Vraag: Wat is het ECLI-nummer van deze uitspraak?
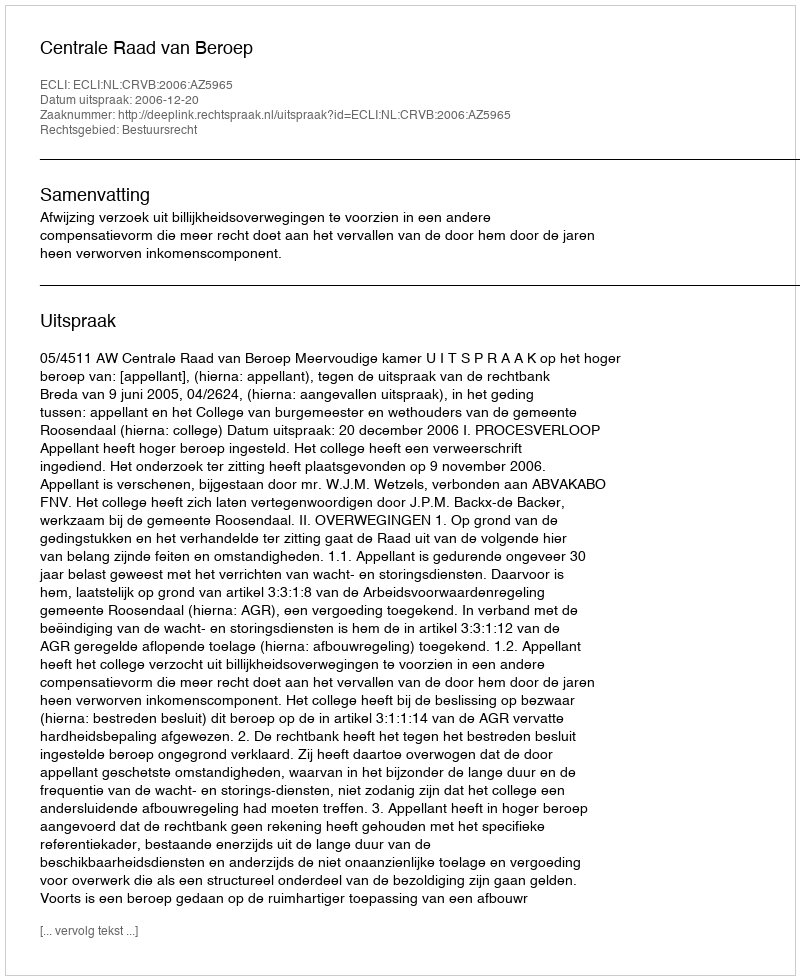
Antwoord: ECLI:NL:CRVB:2006:AZ5965